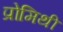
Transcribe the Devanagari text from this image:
प्रोमिथी